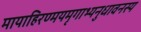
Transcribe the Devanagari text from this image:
मायाहिरण्मयमृगाभ्यनुधावनस्य